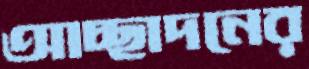
আচ্ছাদনের